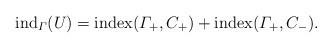
LaTeX: \begin{align*} {\rm ind}_\varGamma(U)= {\rm index}(\varGamma_+, C_+) + {\rm index}(\varGamma_+,C_-). \end{align*}